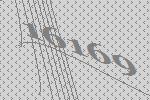
16169